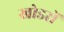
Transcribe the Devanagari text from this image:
खोडरों